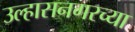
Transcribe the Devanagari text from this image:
उल्हासनगरच्या